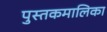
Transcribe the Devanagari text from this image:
पुस्तकमालिका